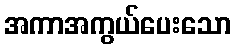
အကာအကွယ်ပေးသော